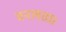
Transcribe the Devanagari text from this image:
वनलता।